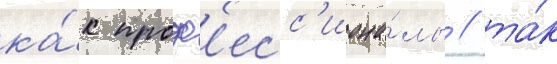
ка́к проф'есс'иона́лы / та́к